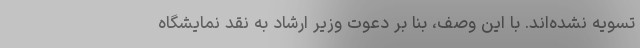
تسویه نشده‌اند. با این وصف، بنا بر دعوت وزیر ارشاد به نقد نمایشگاه